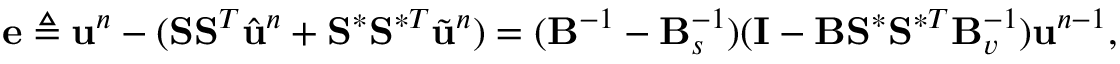
\mathbf { e } \triangleq \ensuremath { \mathbf { u } } ^ { n } - ( \mathbf { S } \mathbf { S } ^ { T } \hat { \ensuremath { \mathbf { u } } } ^ { n } + \mathbf { S } ^ { \ast } \mathbf { S } ^ { \ast T } \Tilde { \ensuremath { \mathbf { u } } } ^ { n } ) = ( \mathbf { B } ^ { - 1 } - \mathbf { B } _ { s } ^ { - 1 } ) ( \mathbf { I } - \mathbf { B } \mathbf { S } ^ { \ast } \mathbf { S } ^ { \ast T } \mathbf { B } _ { v } ^ { - 1 } ) \ensuremath { \mathbf { u } } ^ { n - 1 } ,